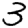
Digit: 3